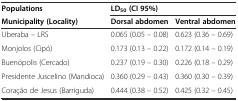
<table><thead><tr><td><b>Populations</b></td><td colspan="2"><b>LD<sub>50</sub>(CI 95%)</b></td></tr><tr><td><b>Municipality (Locality)</b></td><td><b>Dorsal abdomen</b></td><td><b>Ventral abdomen</b></td></tr></thead><tbody><tr><td>Uberaba – LRS</td><td>0.065 (0.05 – 0.08)</td><td>0.623 (0.36 – 0.69)</td></tr><tr><td>Monjolos (Cipó)</td><td>0.173 (0.13 – 0.22)</td><td>0.172 (0.14 – 0.19)</td></tr><tr><td>Buenópolis (Cercado)</td><td>0.237 (0.19 – 0.30)</td><td>0.226 (0.18 – 0.29)</td></tr><tr><td>Presidente Juscelino (Mandioca)</td><td>0.360 (0.29 – 0.43)</td><td>0.360 (0.30 – 0.39)</td></tr><tr><td>Coração de Jesus (Barriguda)</td><td>0.444 (0.38 – 0.52)</td><td>0.425 (0.32 – 0.45)</td></tr></tbody></table>